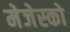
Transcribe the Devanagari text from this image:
मेजेस्‍को